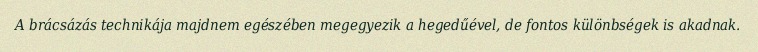
A brácsázás technikája majdnem egészében megegyezik a hegedűével, de fontos különbségek is akadnak.